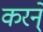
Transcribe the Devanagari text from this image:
करने्